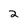
Character: 2